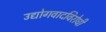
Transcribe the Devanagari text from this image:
उद्योगवादविरोधी